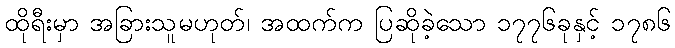
ထိုရီးမှာ အခြားသူမဟုတ်၊ အထက်က ပြဆိုခဲ့သော ၁၇၇၆ခုနှင့် ၁၇၈၆